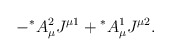
\begin{align*}-{^\ast}A_\mu^2J^{\mu 1}+{^\ast}A_\mu^1J^{\mu 2}.\end{align*}